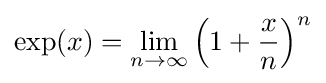
\exp(x)=\lim _{n\rightarrow \infty }\left(1+{\frac {x}{n}}\right)^{n}